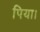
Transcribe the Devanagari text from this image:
पिया।